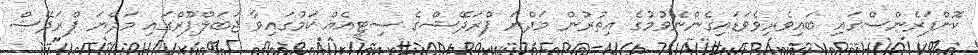
ކޮންފަރެންސްގައި ބައިވެރިވެވަޑައިގެންނެވުމުގެ އިތުރުން މަދްޔަ ޕްރަދޭޝްގެ ސިޓީއެއް ކަމުގައިވާ ޖަބަލްޕޫރްގައި މަދްޔަ ޕްރަދޭޝް